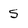
Character: 5